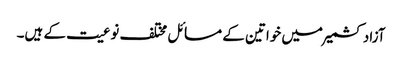
آزاد کشمیر میں خواتین کے مسائل مختلف نوعیت کے ہیں۔